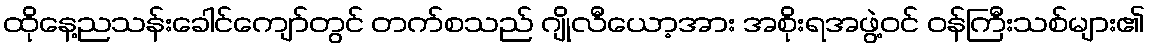
ထိုနေ့ညသန်းခေါင်ကျော်တွင် တက်စသည် ဂျိုလီယော့အား အစိုးရအဖွဲ့ဝင် ဝန်ကြီးသစ်များ၏